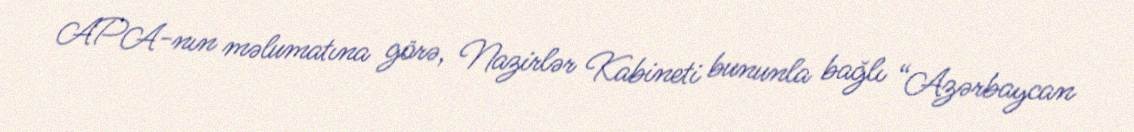
APA-nın məlumatına görə, Nazirlər Kabineti bununla bağlı “Azərbaycan